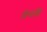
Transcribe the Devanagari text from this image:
जैनादि